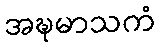
အဍ္ဎမာသကံ